65_HS1-834228961_62-HQ-83894_Serial_164
Agency: FBI
Page 40
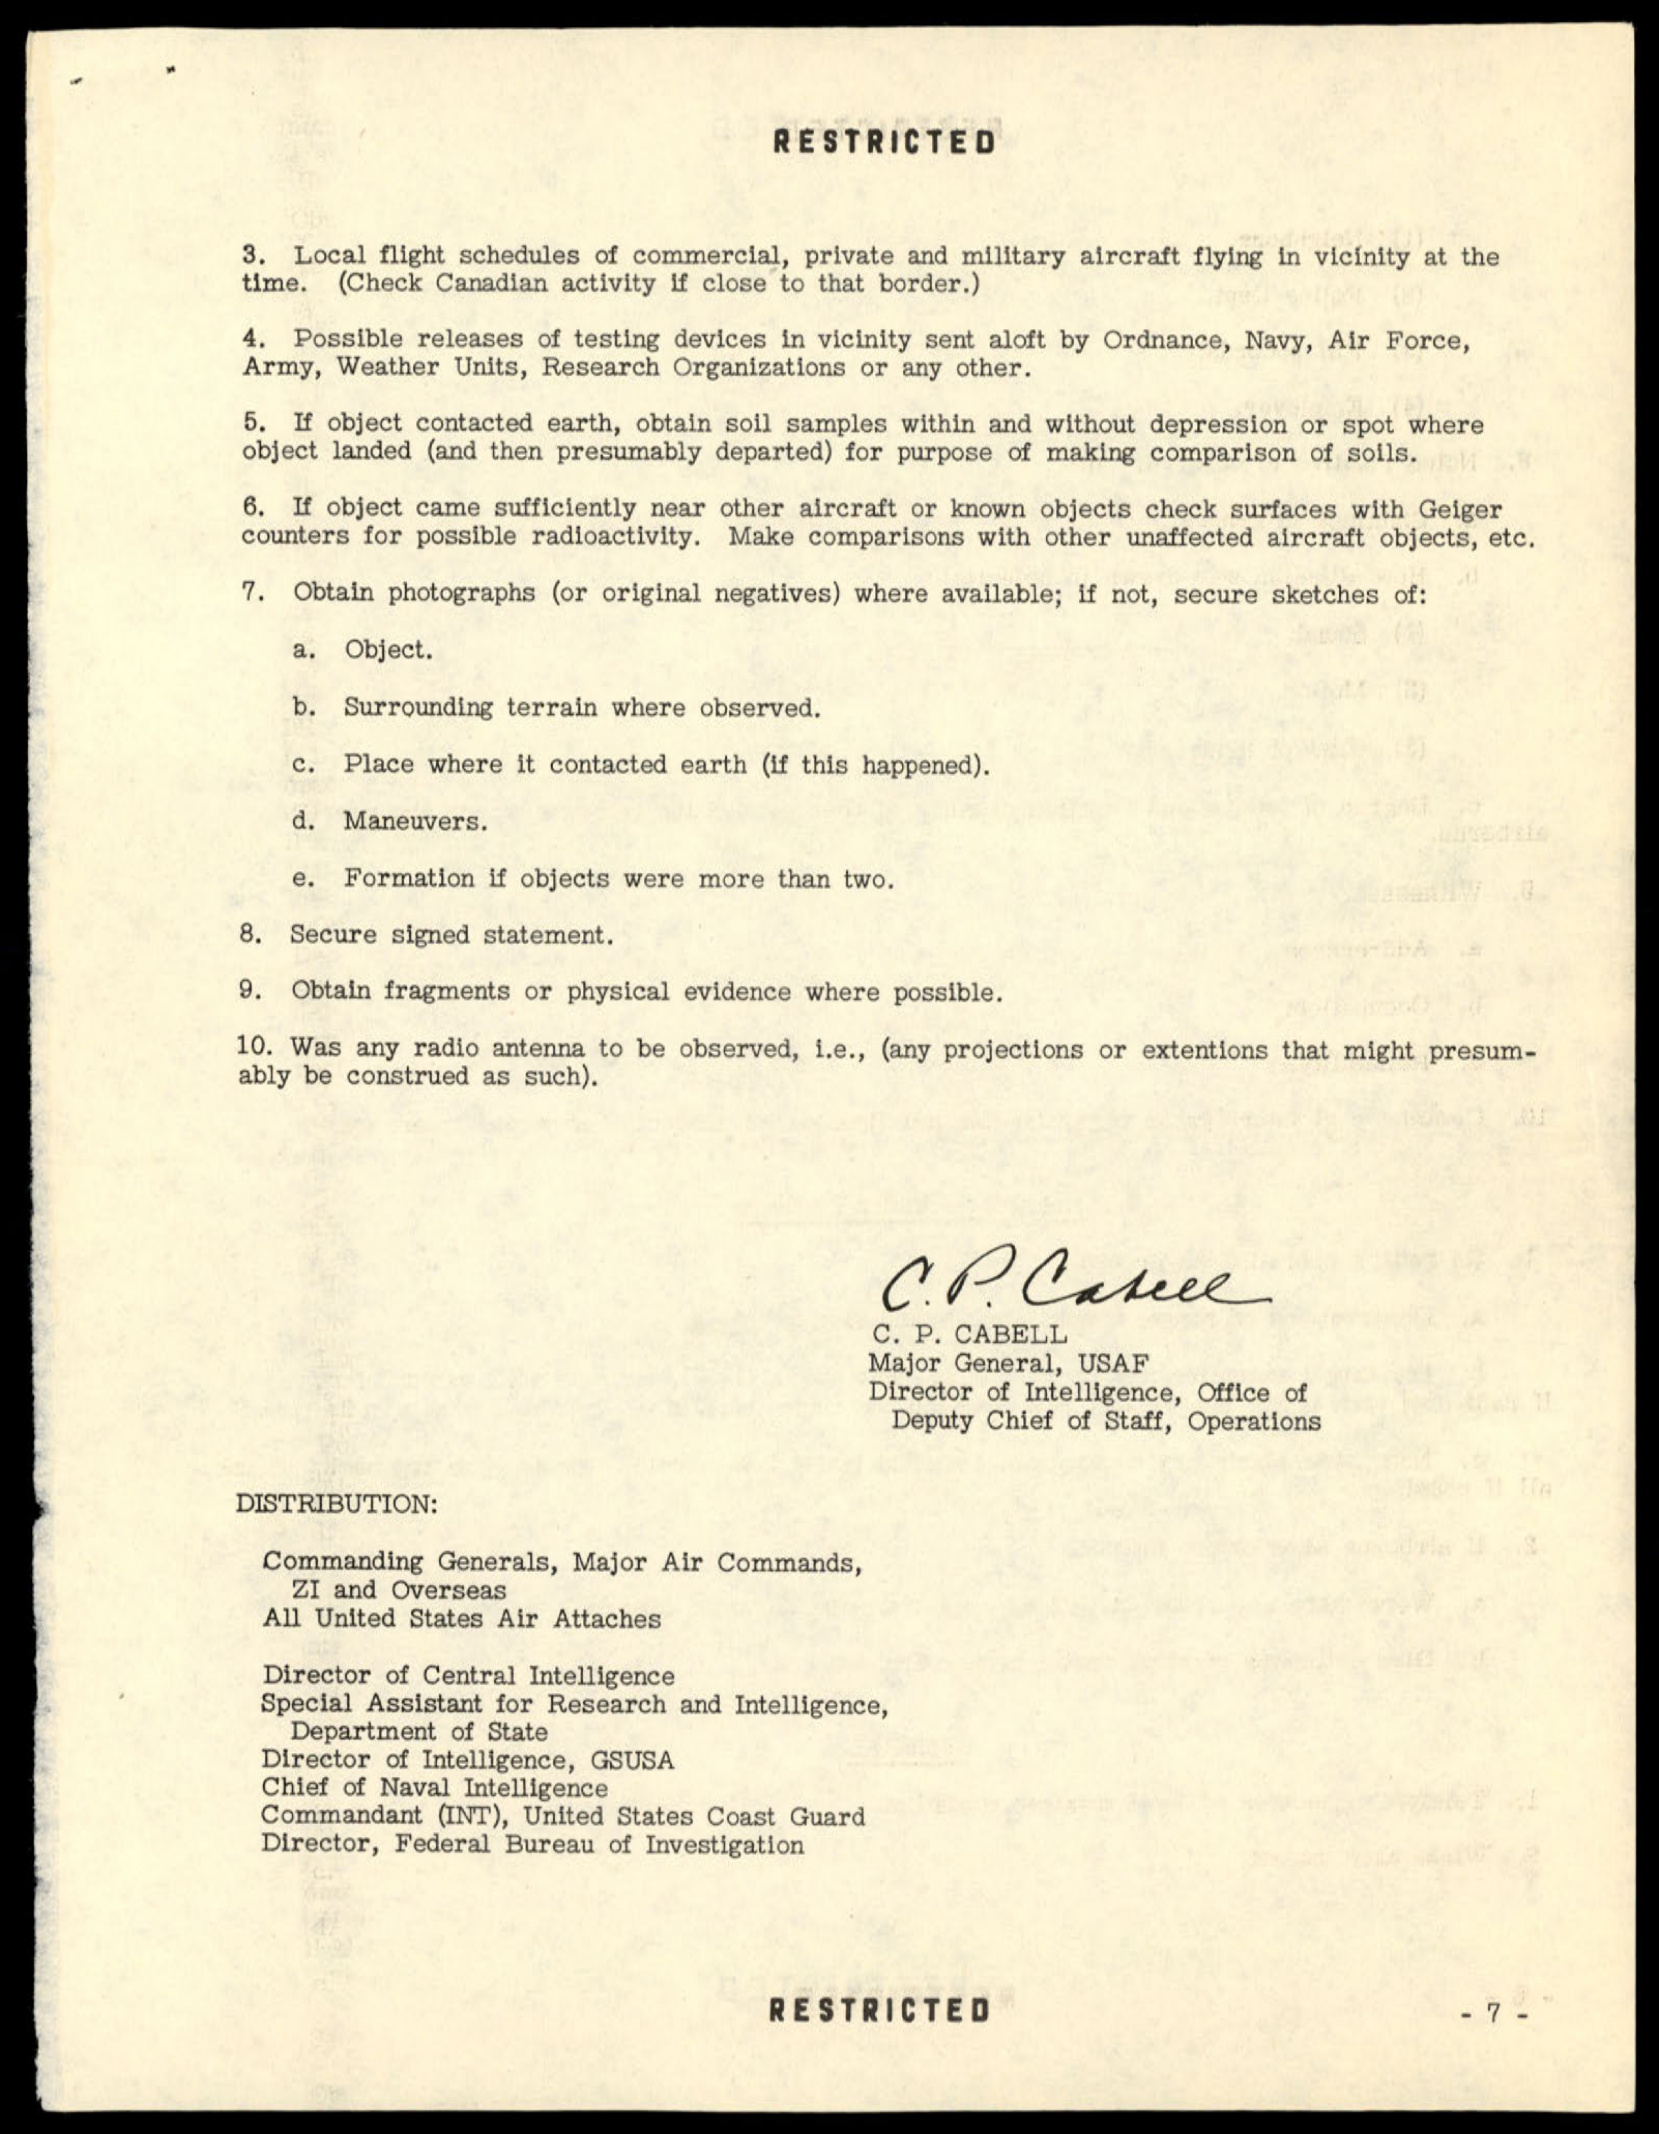